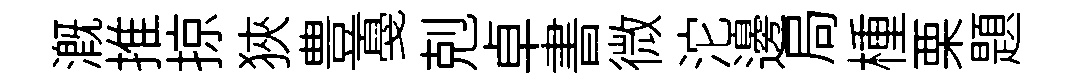
溉推掠狹豊戞剋卓書微沱邊局㮔栗題